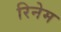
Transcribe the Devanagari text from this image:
रिनेम